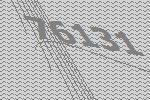
76131